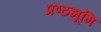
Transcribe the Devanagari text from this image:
प्रष्‍ठभूमि